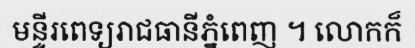
មន្ទីរពេទ្យរាជធានីភ្នំពេញ ។ លោកក៏